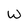
Character: W